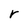
Character: r